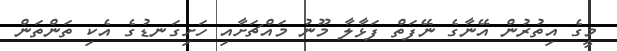
މީގެ އިތުރުން އޭނާގެ ނޭފަތް ފަޅާލާ މޫނު މައްޗަށާއި ހަށިގަނޑުގެ އެކި ތަންތަން